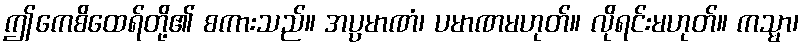
ဤကေစိထေရ်တို့၏ စကားသည်။ အပ္ပမာဏံ၊ ပမာဏမဟုတ်။ လိုရင်းမဟုတ်။ ကသ္မာ၊